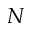
N